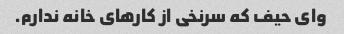
وای حیف که سرنخی از کارهای خانه ندارم.